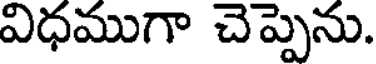
విధముగా చెప్పెను.